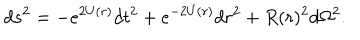
d s ^ { 2 } = - e ^ { 2 U ( r ) } d t ^ { 2 } + e ^ { - 2 U ( r ) } d r ^ { 2 } + R ( r ) ^ { 2 } d \Omega ^ { 2 } .